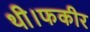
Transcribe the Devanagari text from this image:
थी।फकीर